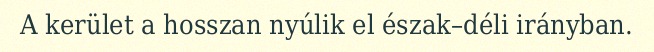
A kerület a hosszan nyúlik el észak–déli irányban.